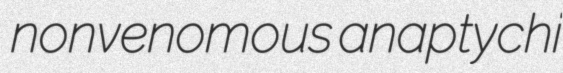
nonvenomous anaptychi